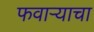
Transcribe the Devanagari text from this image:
फवाऱ्याचा